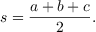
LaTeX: s = { \frac { a + b + c } { 2 } } .